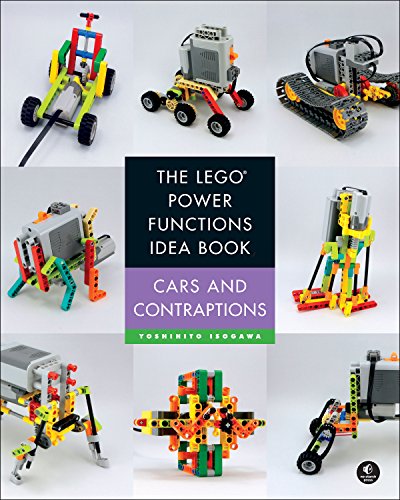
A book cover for The LEGO Power Functions Idea Book, Vol. 2: Car and Contraptions; Yoshihito Isogawa; Engineering & Transportation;